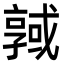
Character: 𢨊